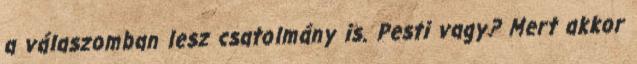
a válaszomban lesz csatolmány is. Pesti vagy? Mert akkor